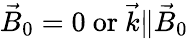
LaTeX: {\vec{B}}_{0}=0\ \mathrm{{or}}\ {\vec{k}}\| {\vec{B}}_{0}